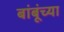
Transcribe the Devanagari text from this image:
बांबूंच्या